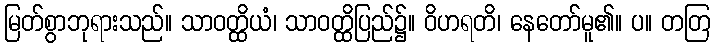
မြတ်စွာဘုရားသည်။ သာဝတ္ထိယံ၊ သာဝတ္ထိပြည်၌။ ဝိဟရတိ၊ နေတော်မူ၏။ ပ။ တတြ